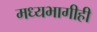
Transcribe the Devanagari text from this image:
मध्यभागीही